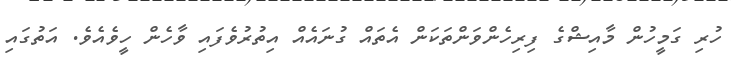
ހުރި ގަމީހުން މާއިޝްގެ ފިރިހެންވަންތަކަން އެތައް ގުނައެއް އިތުރުވެފައި ވާހެން ހީވެއެވެ. އަތުގައި